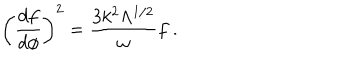
\left( \frac { d f } { d \phi } \right) ^ { 2 } = \frac { 3 k ^ { 2 } \Lambda ^ { 1 / 2 } } { \omega } f ~ .